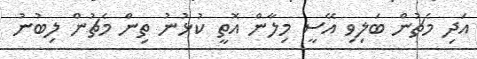
އަދި މެޗުން ބަލިވި އޭސީ މިލާން އޮތީ ކުޅުނު ތިން މެޗުން ލިބުނު